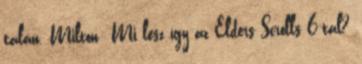
talán. Milton: Mi lesz így az Elders Scrolls 6-tal?